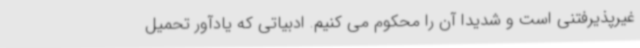
غیرپذیرفتنی است و شدیدا آن را محکوم می کنیم. ادبیاتی که یادآور تحمیل